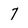
Character: 7